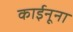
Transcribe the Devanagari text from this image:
काईनूना